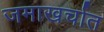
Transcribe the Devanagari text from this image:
जमाखर्चात